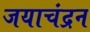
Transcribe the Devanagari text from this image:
जयाचंद्रन